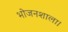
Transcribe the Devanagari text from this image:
भोजनशाला।